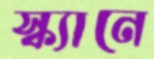
স্ক্যানে